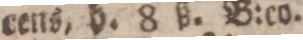
cens, h. 8 ß. B:co.